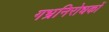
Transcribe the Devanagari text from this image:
गभ्रनिरोधकों